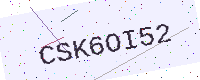
Text: CSK6OI52